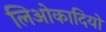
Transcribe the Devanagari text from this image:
लिओकादियो